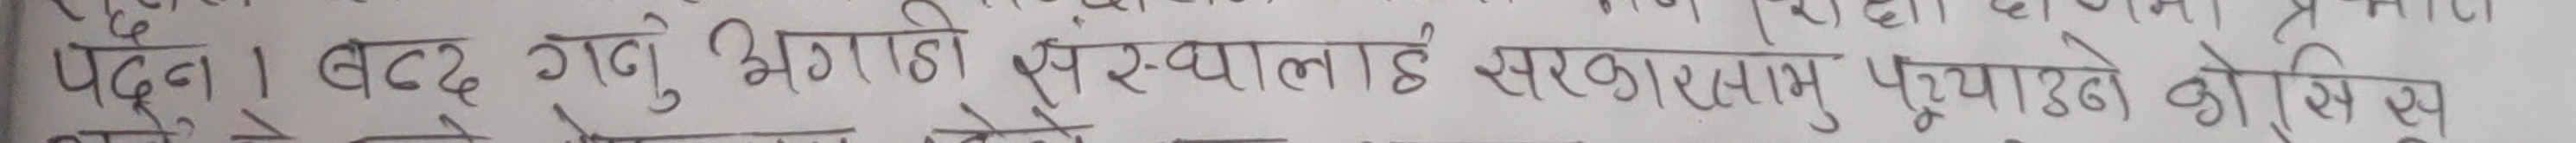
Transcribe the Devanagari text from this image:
पर्दैन। बढ्दै अगाडि सु स्थानलाई सरकार सामु पुर्‍याउने कोसिस